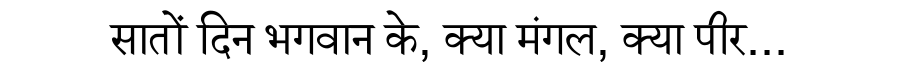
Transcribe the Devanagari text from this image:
सातों दिन भगवान के, क्या मंगल, क्या पीर...